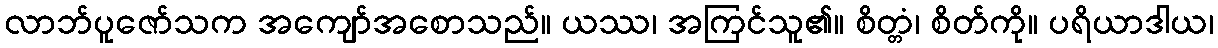
လာဘ်ပူဇော်သက အကျော်အစောသည်။ ယဿ၊ အကြင်သူ၏။ စိတ္တံ၊ စိတ်ကို။ ပရိယာဒါယ၊